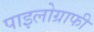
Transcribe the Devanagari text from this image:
पाइलोग्राफी